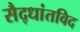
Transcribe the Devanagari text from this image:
सैद्धांतविद